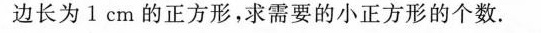
边长为1cm的正方形，求需要的小正方形的个数。